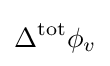
\Delta ^{\text{tot}}\phi _{v}